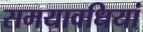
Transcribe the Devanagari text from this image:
समयावधियां